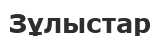
Зұлыстар